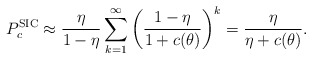
\begin{align*}P_{c}^\textnormal{SIC}\approx \frac{\eta}{1-\eta} \sum_{k=1}^{\infty} \left(\frac{1-\eta}{1+c(\theta)}\right)^k=\frac{\eta}{\eta+c(\theta)}.\end{align*}